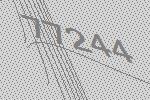
77244